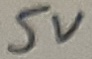
Text: 5V